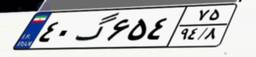
۴۰گ۶۵۴۷۵